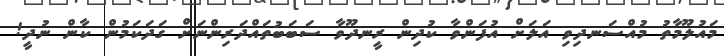
މައުލޫމާތު މުއްސަނދިވި އަލަށް އުފަންވާ ކުދިން ރީނދޫވާ ސަބަބުތައްދަރިންނަށް ގަދަކަމުން ކާން ނުދީ!